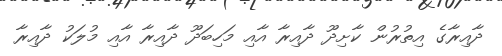
ދާއިރާގެ އިތުރުން ކާށިދޫ ދާއިރާ އާއި މަހިބަދޫ ދާއިރާ އާއި މުލަކު ދާއިރާ